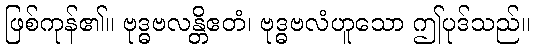
ဖြစ်ကုန်၏။ ဗုဒ္ဓဗလန္တိဧတံ၊ ဗုဒ္ဓဗလံဟူသော ဤပုဒ်သည်။